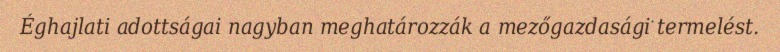
Éghajlati adottságai nagyban meghatározzák a mezőgazdasági termelést.